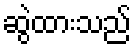
ဆွဲထားသည်